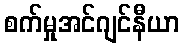
စက်မှုအင်ဂျင်နီယာ